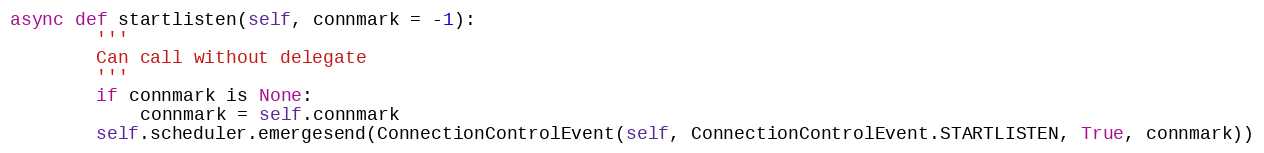
Language: Python
async def startlisten(self, connmark = -1):
        '''
        Can call without delegate
        '''
        if connmark is None:
            connmark = self.connmark
        self.scheduler.emergesend(ConnectionControlEvent(self, ConnectionControlEvent.STARTLISTEN, True, connmark))